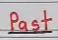
Past